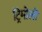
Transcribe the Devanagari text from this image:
ट्रिमोलो